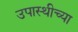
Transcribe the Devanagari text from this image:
उपास्थीच्या